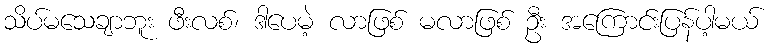
သိပ်မသေချာဘူး ဖီးလစ်၊ ဒါပေမဲ့ လာဖြစ် မလာဖြစ် ဦး အကြောင်းပြန်ပါ့မယ်